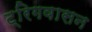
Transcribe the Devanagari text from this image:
ट्रिगवासन